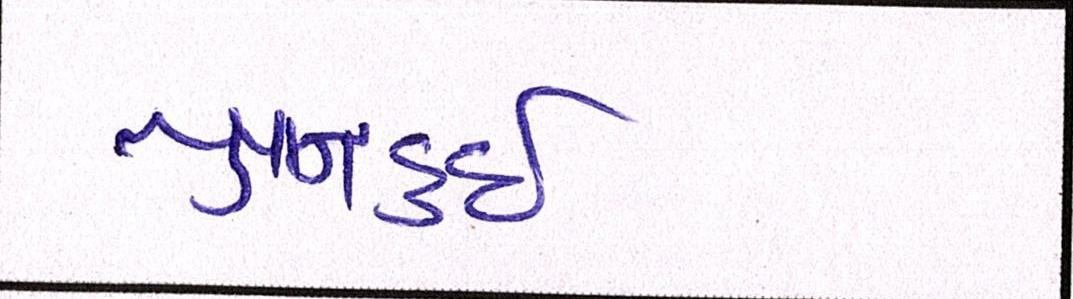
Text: યુયાનહુઈ